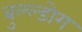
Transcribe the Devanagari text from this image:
बुल्ल्डोग